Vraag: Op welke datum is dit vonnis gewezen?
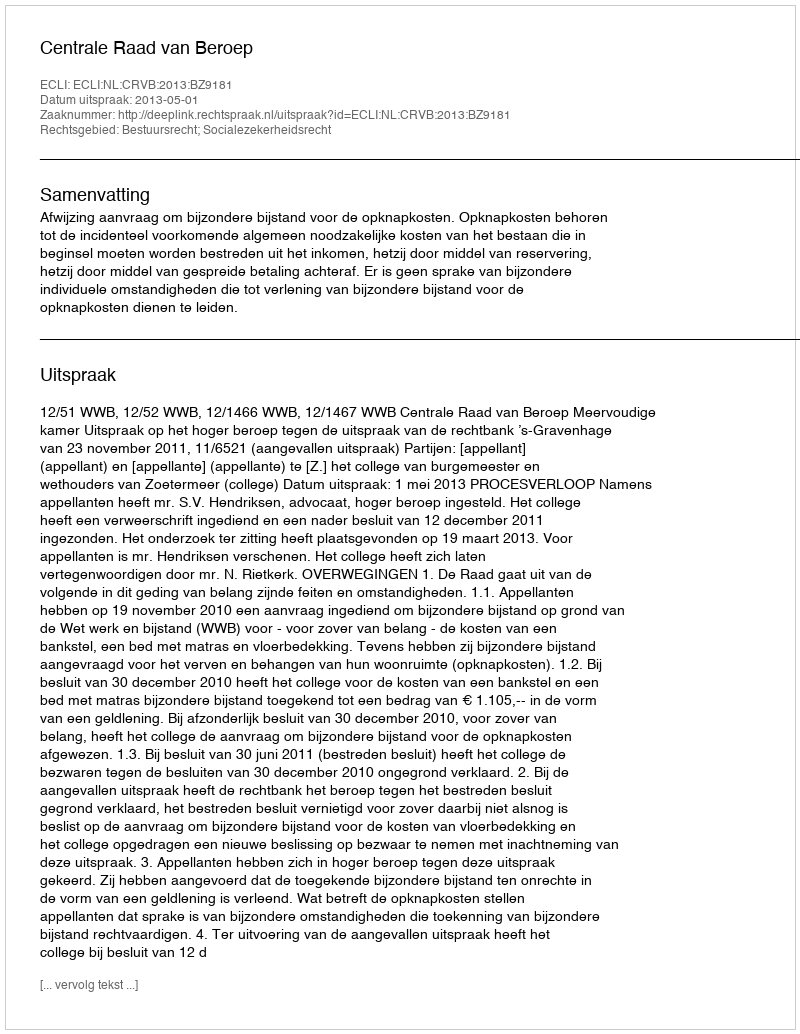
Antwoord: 2013-05-01